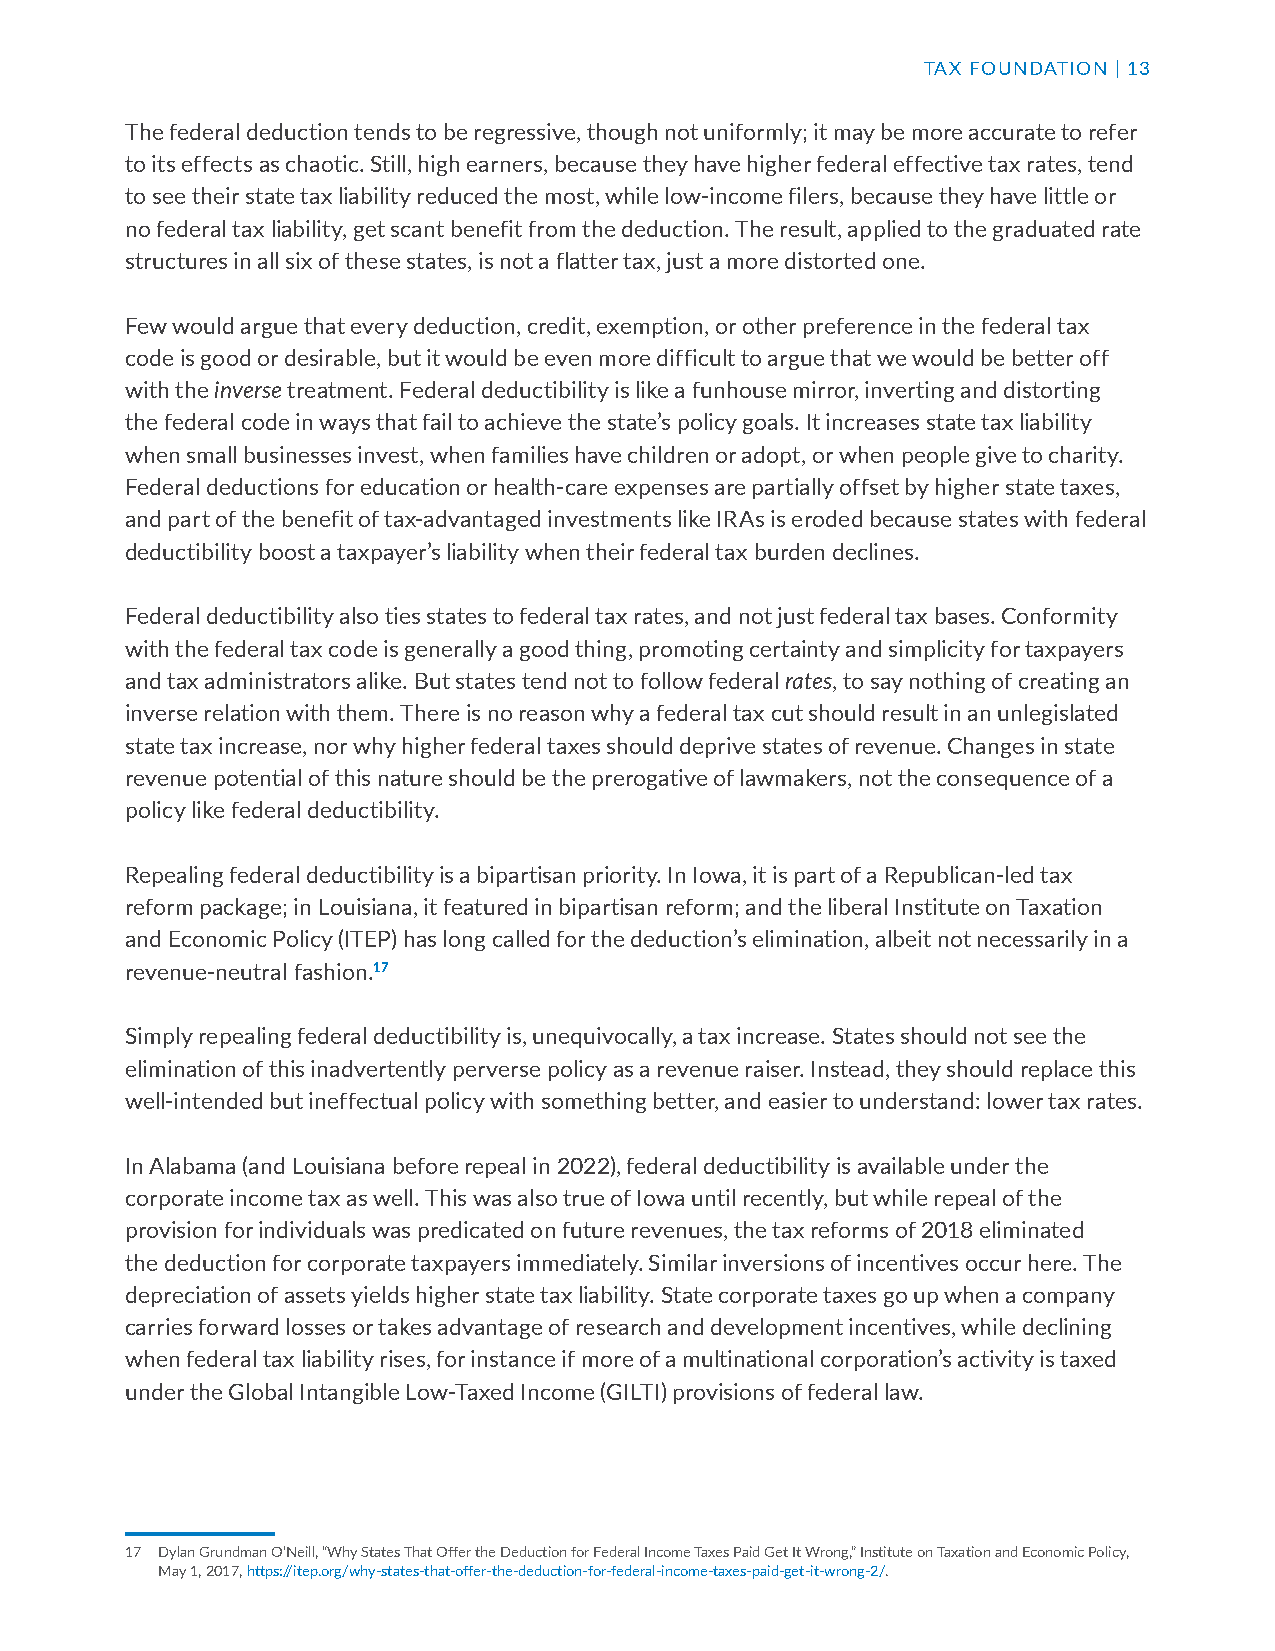
TAX FOUNDATION | 13
 The federal deduction tends to be regressive, though not uniformly; it may be more accurate to refer
 to its effects as chaotic. Still, high earners, because they have higher federal effective tax rates, tend
 to see their state tax liability reduced the most, while low-income filers, because they have little or
 no federal tax liability, get scant benefit from the deduction. The result, applied to the graduated rate
 structures in all six of these states, is not a flatter tax, just a more distorted one.
 Few would argue that every deduction, credit, exemption, or other preference in the federal tax
 code is good or desirable, but it would be even more difficult to argue that we would be better off
 with the inverse treatment. Federal deductibility is like a funhouse mirror, inverting and distorting
 the federal code in ways that fail to achieve the state’s policy goals. It increases state tax liability
 when small businesses invest, when families have children or adopt, or when people give to charity.
 Federal deductions for education or health-care expenses are partially offset by higher state taxes,
 and part of the benefit of tax-advantaged investments like IRAs is eroded because states with federal
 deductibility boost a taxpayer’s liability when their federal tax burden declines.
 Federal deductibility also ties states to federal tax rates, and not just federal tax bases. Conformity
 with the federal tax code is generally a good thing, promoting certainty and simplicity for taxpayers
 and tax administrators alike. But states tend not to follow federal rates, to say nothing of creating an
 inverse relation with them. There is no reason why a federal tax cut should result in an unlegislated
 state tax increase, nor why higher federal taxes should deprive states of revenue. Changes in state
 revenue potential of this nature should be the prerogative of lawmakers, not the consequence of a
 policy like federal deductibility.
 Repealing federal deductibility is a bipartisan priority. In Iowa, it is part of a Republican-led tax
 reform package; in Louisiana, it featured in bipartisan reform; and the liberal Institute on Taxation
 and Economic Policy (ITEP) has long called for the deduction’s elimination, albeit not necessarily in a
 revenue-neutral fashion.17
 Simply repealing federal deductibility is, unequivocally, a tax increase. States should not see the
 elimination of this inadvertently perverse policy as a revenue raiser. Instead, they should replace this
 well-intended but ineffectual policy with something better, and easier to understand: lower tax rates.
 In Alabama (and Louisiana before repeal in 2022), federal deductibility is available under the
 corporate income tax as well. This was also true of Iowa until recently, but while repeal of the
 provision for individuals was predicated on future revenues, the tax reforms of 2018 eliminated
 the deduction for corporate taxpayers immediately. Similar inversions of incentives occur here. The
 depreciation of assets yields higher state tax liability. State corporate taxes go up when a company
 carries forward losses or takes advantage of research and development incentives, while declining
 when federal tax liability rises, for instance if more of a multinational corporation’s activity is taxed
 under the Global Intangible Low-Taxed Income (GILTI) provisions of federal law.
 17 Dylan Grundman O’Neill, “Why States That Offer the Deduction for Federal Income Taxes Paid Get It Wrong,” Institute on Taxation and Economic Policy,
 May 1, 2017, https://itep.org/why-states-that-offer-the-deduction-for-federal-income-taxes-paid-get-it-wrong-2/.